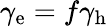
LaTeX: \gamma_{\mathrm{e}}=f\gamma_{\mathrm{h}}